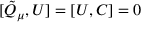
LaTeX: [ \tilde { \cal Q } _ { \mu } , { \cal U } ] = [ { \cal U } , { \cal C } ] = 0